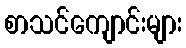
စာသင်ကျောင်းများ